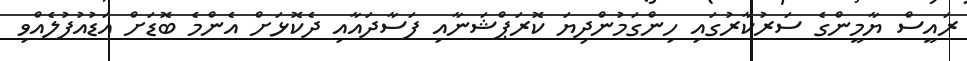
ރައީސް ޔާމީންގެ ސަރުކާރުގައި ހިންގަމުންދިޔަ ކޮރަޕްޝަނާއި ފަަސާދައާއި ދެކޮޅަށް އެންމެ ބޮޑަށް އަޑުއުފުލެއްވި